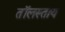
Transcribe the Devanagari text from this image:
तॉलस्ताय